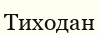
Тиходан